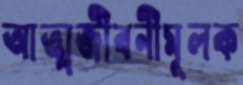
আত্মজীবনীমূলক